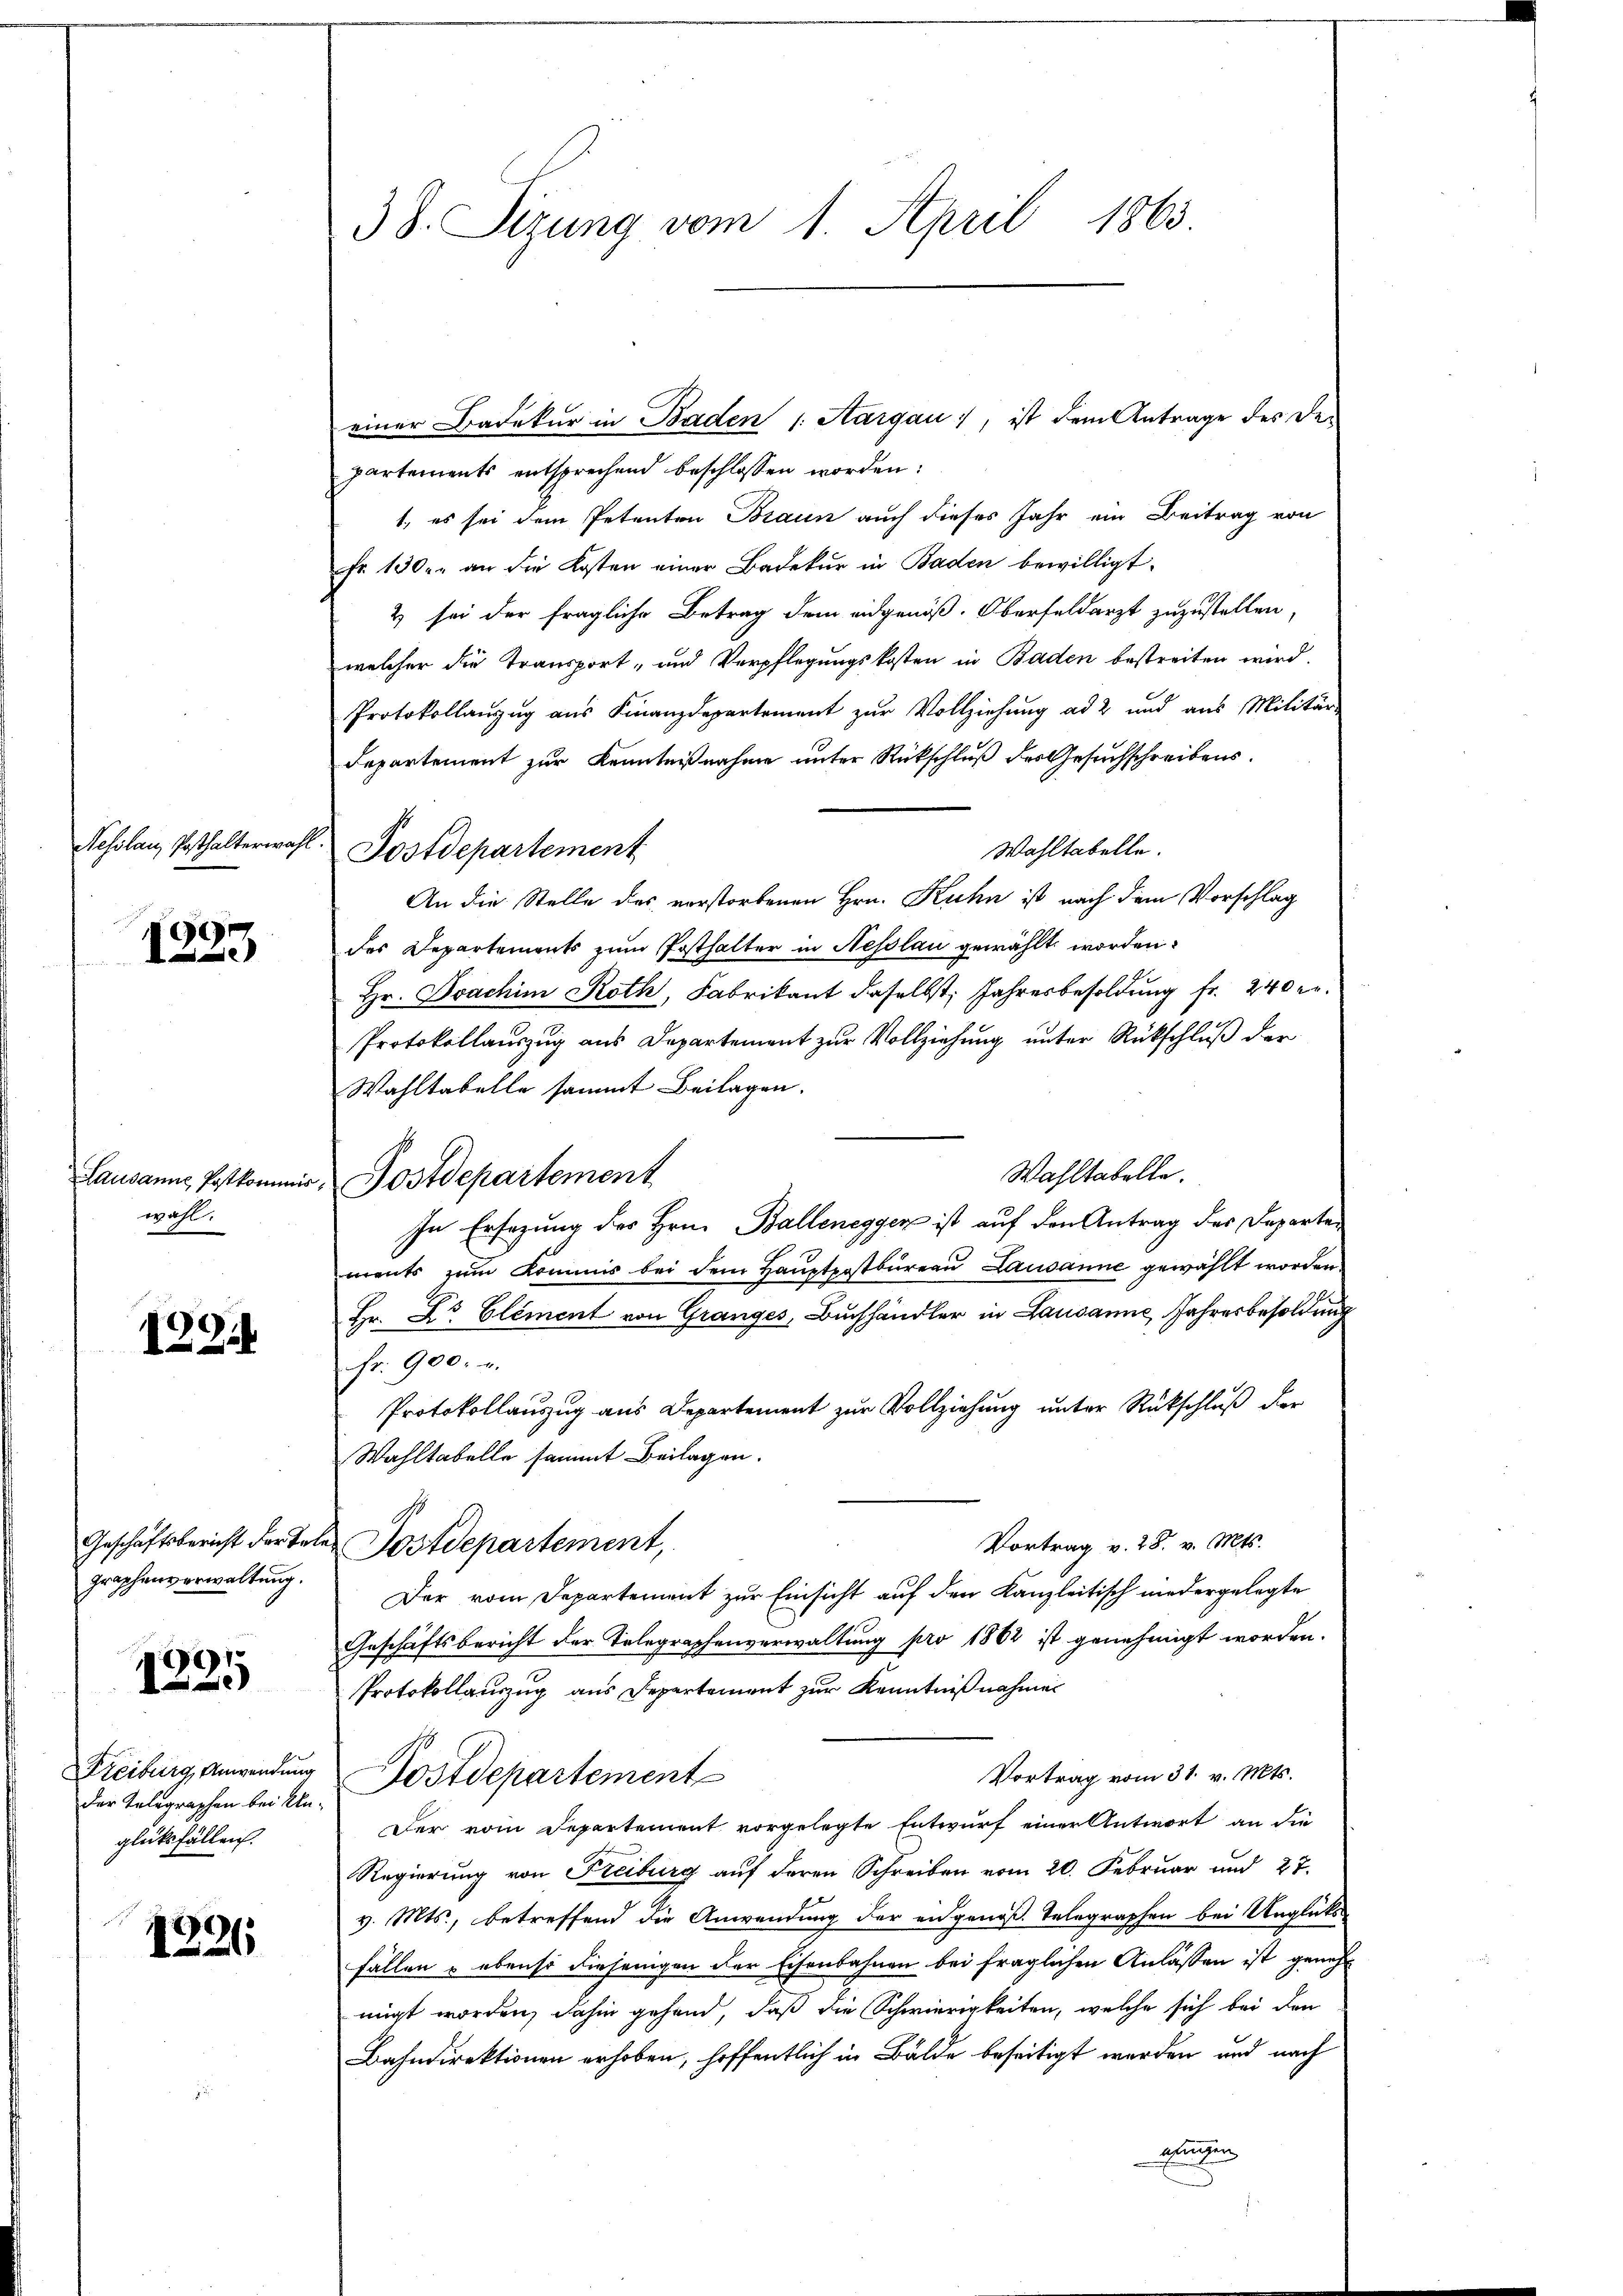
Nesilanz, Posthalterwahr

1

Lausanne, Postkommis
wahl.

1294

Geschäftsbericht der Tate
graphenverwaltung.

1225

Freiburg, Anwendung
der Telegraphen bei Unglüksfällen.

1326

G.

38. Sizung vom 1. April 1863

einer Badekur in Baden 1. Aargau), ist dem Antrage des De-
partements entsprechend beschlossen worden:
1., es sei dem Petenten Braun auch dieses Jahr ein Beitrag von
fr. 130. an die Kosten einer Badekŭr in Baden bewilligt.
2 sei der fragliche Betrag dem eidgenöß. Oberfeldarzt zuzustellen,
welcher die Transport- und Verpflegungskosten in Baden bestreiten wird.
Protokollanzŭg aŭs Finanzdepartement zŭr Vollziehŭng ad 2 und aus Militär
Departement zur Kenntnißnahme unter Rückschluß des Gesuchschreibens.
Wahltabelle.
An die Stelle des vorstorbenen Hrn. Kuhn ist nach dem Vorschlag
des Departements zum Posthalter in Hesslau gewählt worden.
Hr. Joachim Roth, Fabrikant daselbst, Jahresbesoldung fr. 240 er
Protokollauszug aus Departement zur Vollziehung unter Rückschluß der
Wahltabelle sammt Beilagen.
.
Wahltabelle.
Postdepartement
In Ersezung des Hrn. Balleneggen ist auf den Antrag des Departements zum Kommis bei dem Hauptpostbureau Lausanne gewählt worden
Hr. Dr Element von Granges, Buchhändler in Lausanne, Jahresbesoldung
Fr. 900. u.
Protokollauszug aus Departement zur Vollziehung unter Rückschluß der
Wahltabelle sammt Beilagen.
Vortrag v. 28. v. Mts.
u. Postdepartement,
Der vom Departement zur Einsicht auf den Kanzleitisch niedergelegte
Geschäftsbericht der Telegraphenverwaltung pro 1862 ist genehmigt worden.
Protokollauszug aus Departement zur Kenntniß nahmen
Vortrag vom 31. v. Mts.
Postdepartement
Der vom Departement vorgelegte Entwurf einer Antwort an die
Regierung von Freiburg aŭf deren Schreiben vom 20. Februar und 27.
v. Mts., betreffend die Anwendung der angenoß. Telegraphen bei Unglücks
fällen u ebenso diejenigen der Eisenbahnen bei fraglichen Anlassen ist genehm
migt worden, dahin gehend, daß die Schwierigkeiten, welche sich bei den
Bahndirektionen erhoben, hoffentlich in Bälde beseitigt werden und nach
blingen

Postdepartement